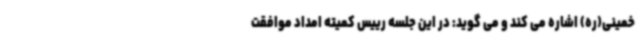
خمینی(ره) اشاره می کند و می گوید: در این جلسه رییس کمیته امداد موافقت